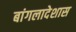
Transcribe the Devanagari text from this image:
बांगलादेशास